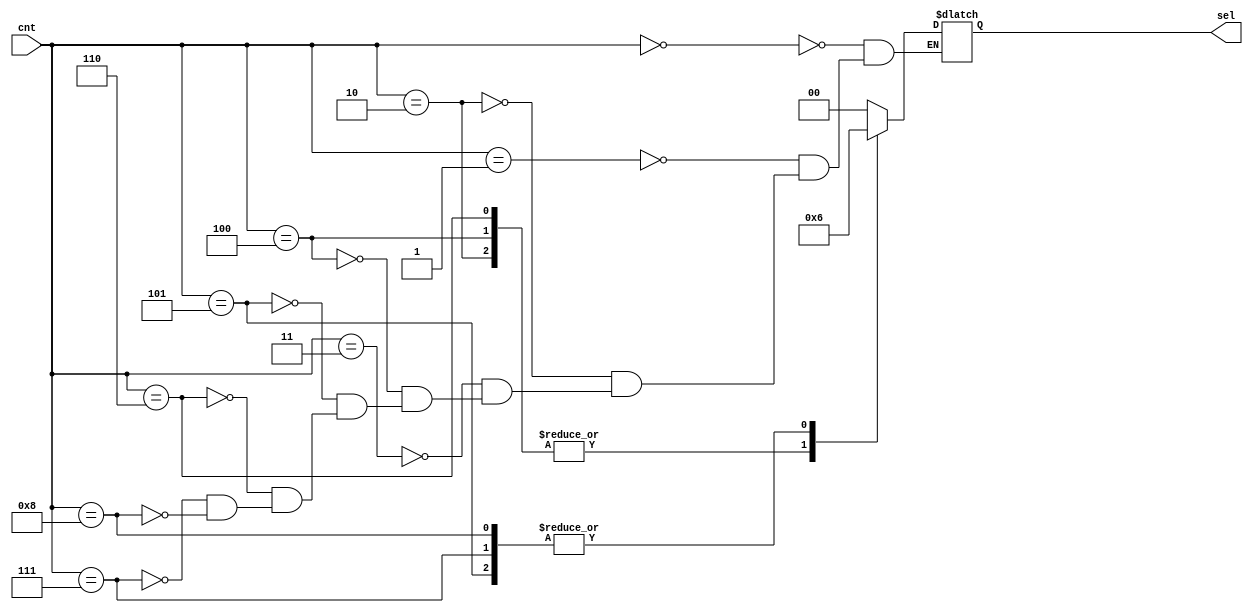
module SA_3_to_1_MUX_SEL_Decoder(
    input [3:0] cnt,
    output reg [1:0] sel
);
    always @(*) begin
        case(cnt)
            4'b0000 : sel = 2'b00;
            4'b0001 : sel = 2'b00;
            4'b0010 : sel = 2'b01;
            4'b0011 : sel = 2'b00;
            4'b0100 : sel = 2'b01;
            4'b0101 : sel = 2'b10;
            4'b0110 : sel = 2'b01;
            4'b0111 : sel = 2'b10;
            4'b1000 : sel = 2'b10;
        endcase
    end
endmodule